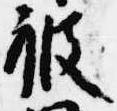
被